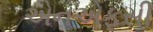
એનએફસી